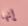
إنها